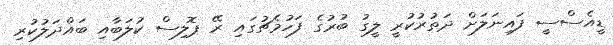
ޑީއެސްސީ ފައިނަލަށް ދަތުރުކުރީ ލީގު ބުރުގެ ފަހުމެޗުގައި ރޭ ޕޮލިސް ކުލަބާއި ބައްދަލުކުރި